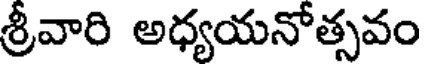
శ్రీవారి అధ్యయనోత్సవం